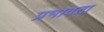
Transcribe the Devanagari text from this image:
प्रभावता